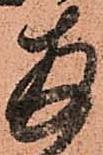
拝